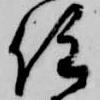
住